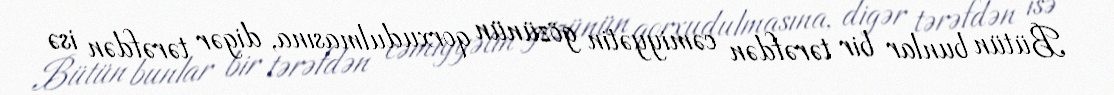
Bütün bunlar bir tərəfdən cəmiyyətin gözünün qorxudulmasına, digər tərəfdən isə